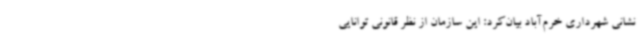
نشانی شهرداری خرم‌آباد بیان‌کرد: این سازمان از نظر قانونی توانایی